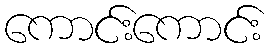
ကောင်းကောင်း